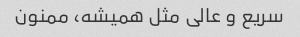
سریع و عالی مثل همیشه، ممنون